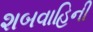
શબવાહિની